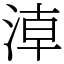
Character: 𣶃